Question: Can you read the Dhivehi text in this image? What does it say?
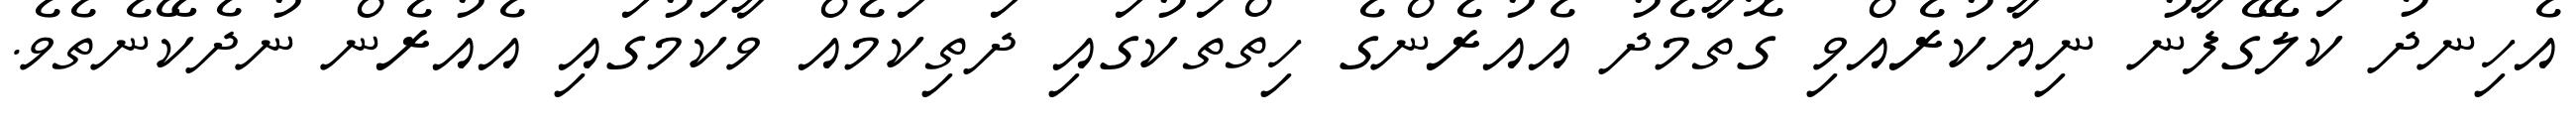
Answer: އެހިނދު ކަލޭގެފާނު ނިޔާކުރެއްވި ގޮތާމެދު އެއުރެންގެ ހިތްތަކުގައި ދަތިކަމެއް ވާކަމުގައި އެއުރެން ނުދެކޭނެތެވެ.